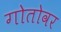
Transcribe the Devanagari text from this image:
गोतोवर